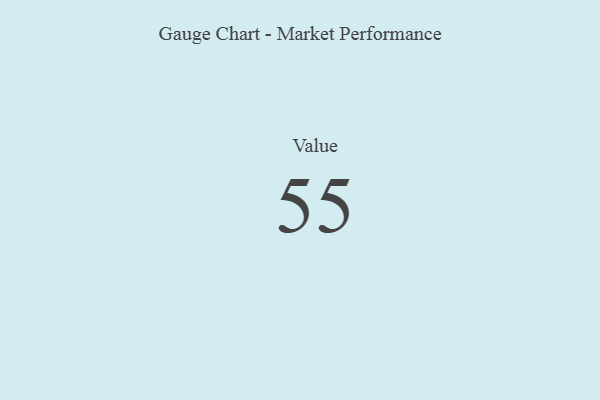
{"axis": {"x": "Metric", "y": "Value"}, "legend": [""], "data": [{"x": "Value", "y": 55, "type": ""}]}